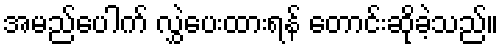
အမည်ပေါက် လွှဲပေးထားရန် တောင်းဆိုခဲ့သည်။